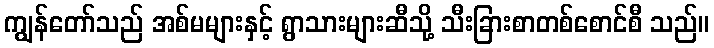
ကျွန်တော်သည် အစ်မများနှင့် ရွာသားများဆီသို့ သီးခြားစာတစ်စောင်စီ သည်။